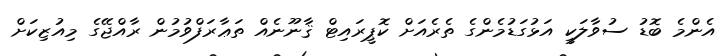
އެންމެ ބޮޑު ސުވާލަކީ އަޅުގަޑުމެންގެ ތެރެއަށް ކޮޕީރައިޓް ޤާނޫނެއް ތަޢާރަފްވުމުން ރާއްޖޭގެ މިއުޒިކަށް